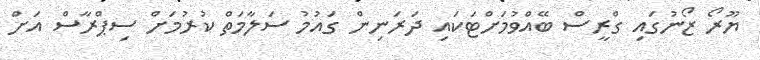
ޔޫރޯ ޒޯނުގައި ގްރީސް ބޭއްވުމަށްޓަކައި ދަރަނިން ގައުމު ސަލާމަތް ކުރުމަށް ސިޕްރާސް އަށް